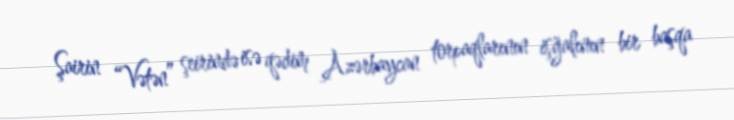
Şairin “Vətən” şeirində isə qədim Azərbaycan torpaqlarının işğalının bir başqa